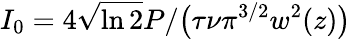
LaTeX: I_{0}=4\sqrt{\ln{2}}P/\big(\tau\nu\pi^{3/2}w^{2}(z)\big)